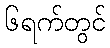
၆ရက်တွင်